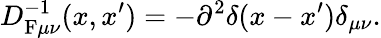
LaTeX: D_{\mathrm{F}\mu\nu}^{-1}(x,x^{\prime})=-\partial^{2}\delta(x-x^{\prime})\delta_{\mu\nu}.